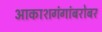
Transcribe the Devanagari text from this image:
आकाशगंगांबरोबर